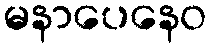
မနာပေနေဝ